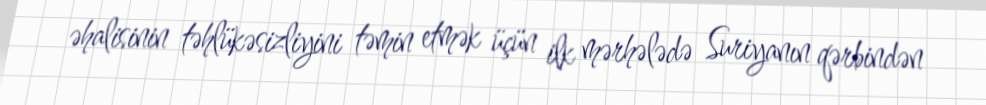
əhalisinin təhlükəsizliyini təmin etmək üçün ilk mərhələdə Suriyanın qərbindən